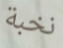
نخبة